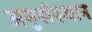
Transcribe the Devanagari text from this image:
अनुसंस्थान